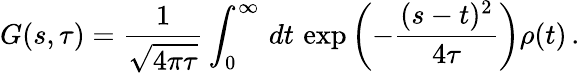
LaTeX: G(s,\tau)=\frac{1}{\sqrt{4\pi\tau}}\int_{0}^{\infty}\, dt\, \exp\left(-\frac{(s-t)^{2}}{4\tau}\right)\rho(t)\, .